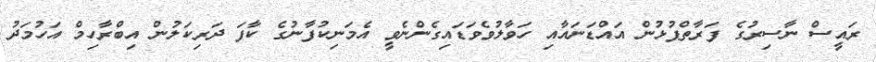
ރައީސް ނާސިރުގެ ފަރާތްޕުޅުން އައްޑަނައާއި ހަވާލުވެވަޑައިގެންނެވީ އެމަނިކުފާނުގެ ކާފަ ދަރިކަލުން އިބްރާހިމް އަހުމަދު